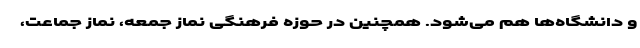
و دانشگاه‌ها هم می‌شود. همچنین در حوزه فرهنگی نماز جمعه، نماز جماعت،